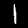
Label: 1